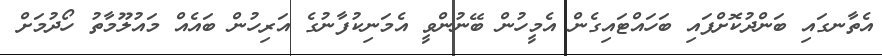
އެތާނގައި ބަންދުކޮށްފައި ބަހައްޓައިގެން އެމީހުން ބޭނުންވީ އެމަނިކުފާނުގެ އަރިހުން ބައެއް މައުލޫމާތު ހޯދުމަށް